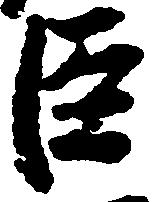
臣